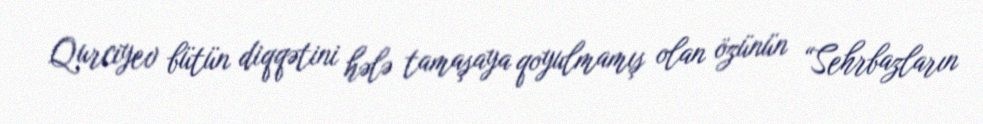
Qurciyev bütün diqqətini hələ tamaşaya qoyulmamış olan özünün “Sehrbazların